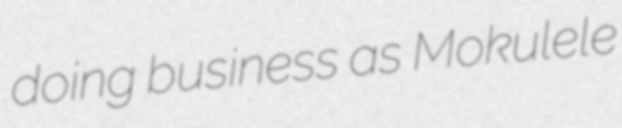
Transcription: doing business as Mokulele